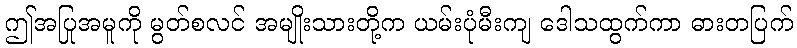
ဤအပြုအမူကို မွတ်စလင် အမျိုးသားတို့က ယမ်းပုံမီးကျ ဒေါသထွက်ကာ ဓားတပြက်